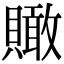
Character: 𧸂